NAE_ERA_R-2632_ENSV_TA_Emakeele_Selts_1945-1955, lk 174
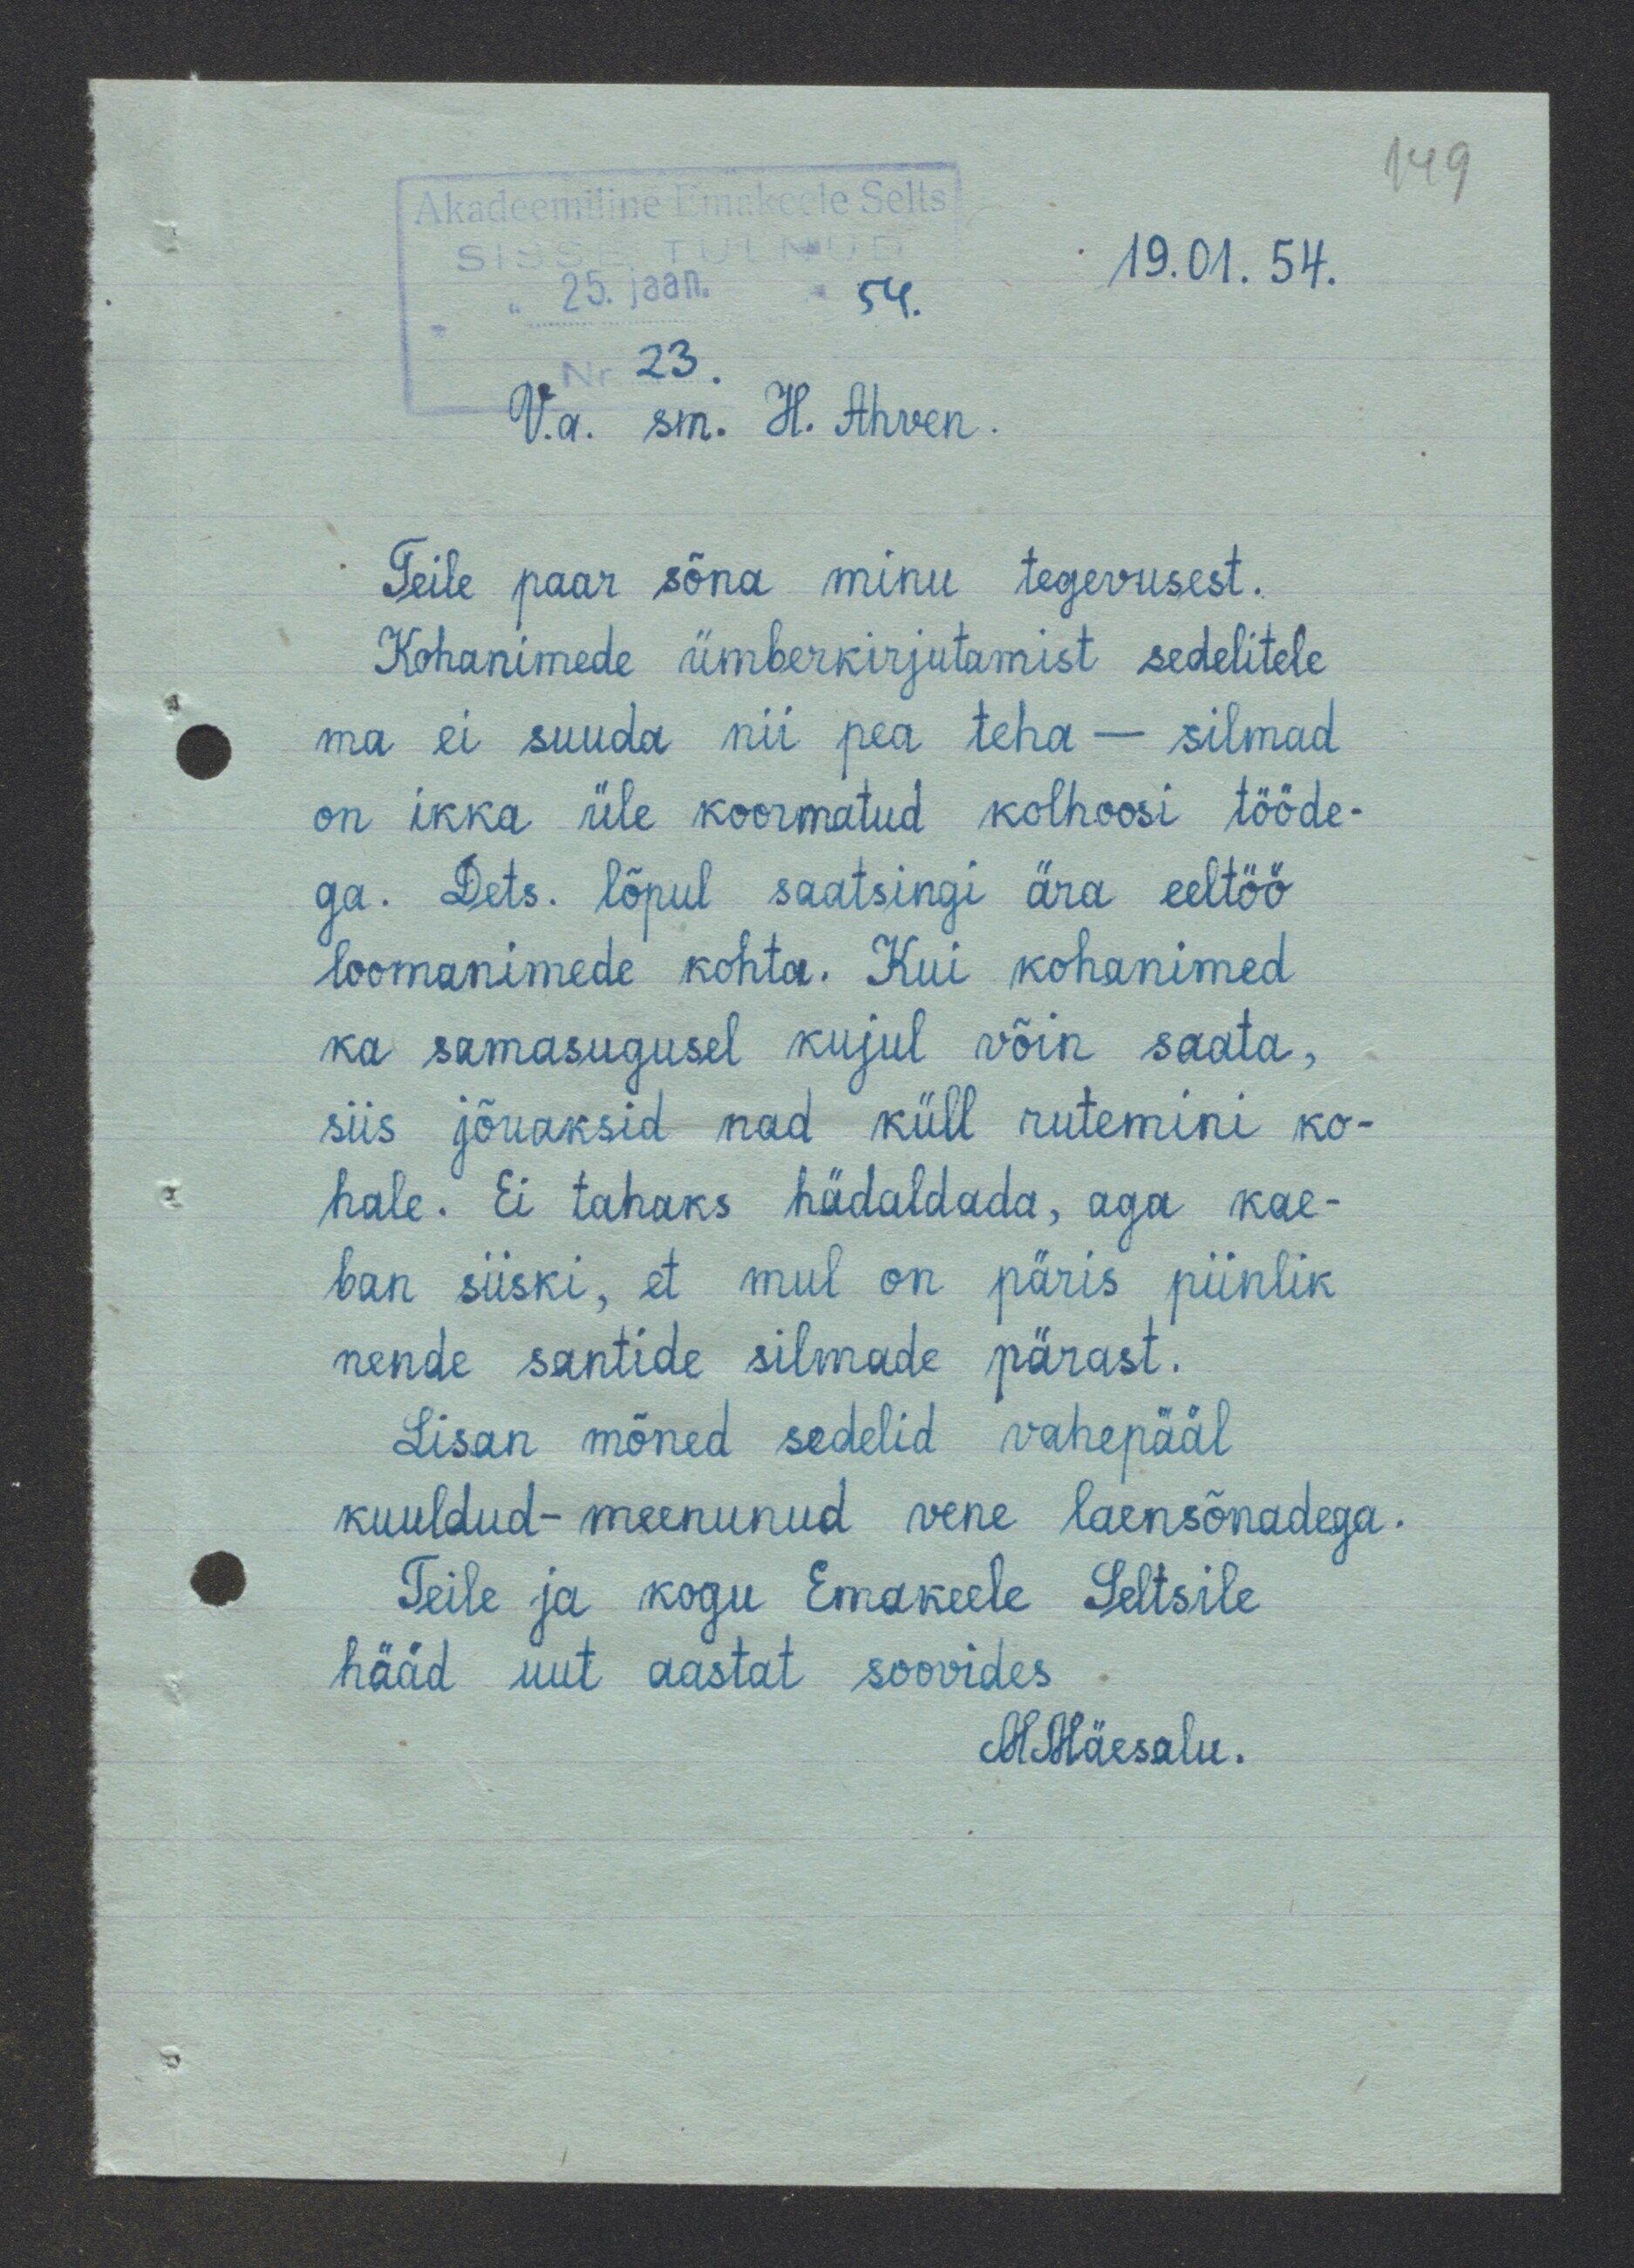
19.01.54.
Va. sm. H. Ahven.
Teile paar sõna minu tegevusest.
Kohanimede ümberkirjutamist sedelitele
ma ei suuda nii pea teha - silmad
on ikka üle koormatud kolhoosi tööde-
ga. Dets. lõpul saatsingi ära eeltöö
loomanimede kohta. Kui kohanimed
ka samasugusel kujul võin saata,
siis jõuaksid nad küll rutemini ko-
hale. Ei tahaks hädaldada, aga kae-
ban siiski, et mul on päris piinlik
nende santide silmade pärast.
Lisan mõned sedelid vahepääl
kuuldud-meenunud vene laensõnadega.
Teile ja kogu Emakeele Seltsile
hääd uut aastat soovides
M. Mäesalu.